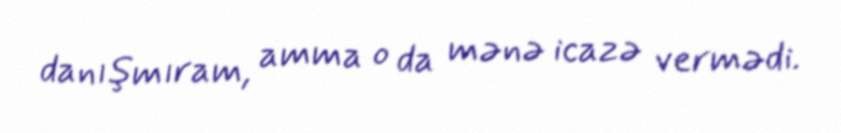
danışmıram, amma o da mənə icazə vermədi.